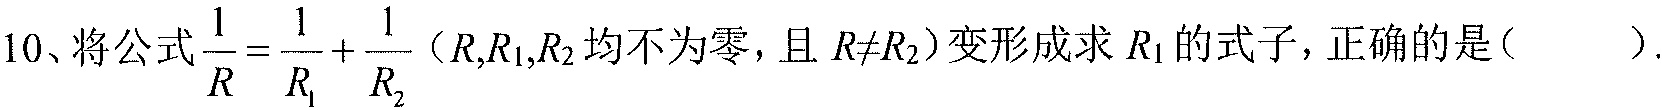
10、将公式\(\frac{1}{R}=\frac{1}{R_{1}}+\frac{1}{R_{2}}\)（\(R,R_{1},R_{2}\)均不为零，且 \(R\neq R_{2}\)）变形成求 \(R_{1}\)的式子，正确的是（  ）.